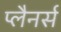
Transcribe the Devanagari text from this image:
प्लैनर्स